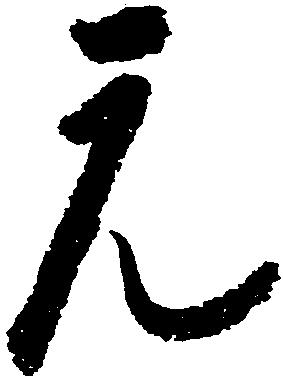
元